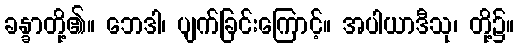
ခန္ခာတို့၏။ ဘေဒါ၊ ပျက်ခြင်းကြောင့်။ အပါယာဒီသု၊ တို့၌။